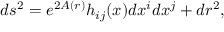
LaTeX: d s ^ { 2 } = e ^ { 2 A ( r ) } h _ { i j } ( x ) d x ^ { i } d x ^ { j } + d r ^ { 2 } ,